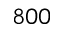
8 0 0